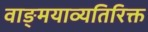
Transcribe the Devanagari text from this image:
वाङ्मयाव्यतिरिक्त